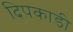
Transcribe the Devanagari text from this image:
दिपकाडी